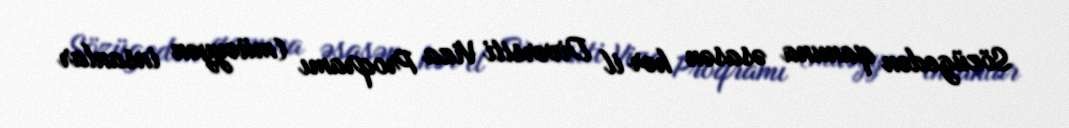
Sözügedən qanuna əsasən hər il Diversiti Viza Proqramı (müəyyən insanlar